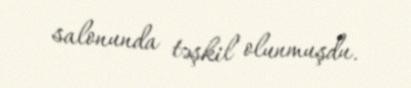
salonunda təşkil olunmuşdu.